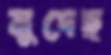
মুদেছ